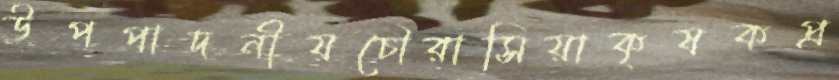
উপপাদনীযচৌরাসিয়াকৃষকপ্র